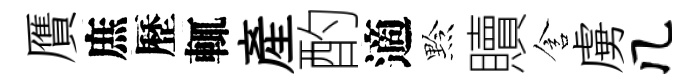
贋庶歷輒産酌適黔贖含虜几